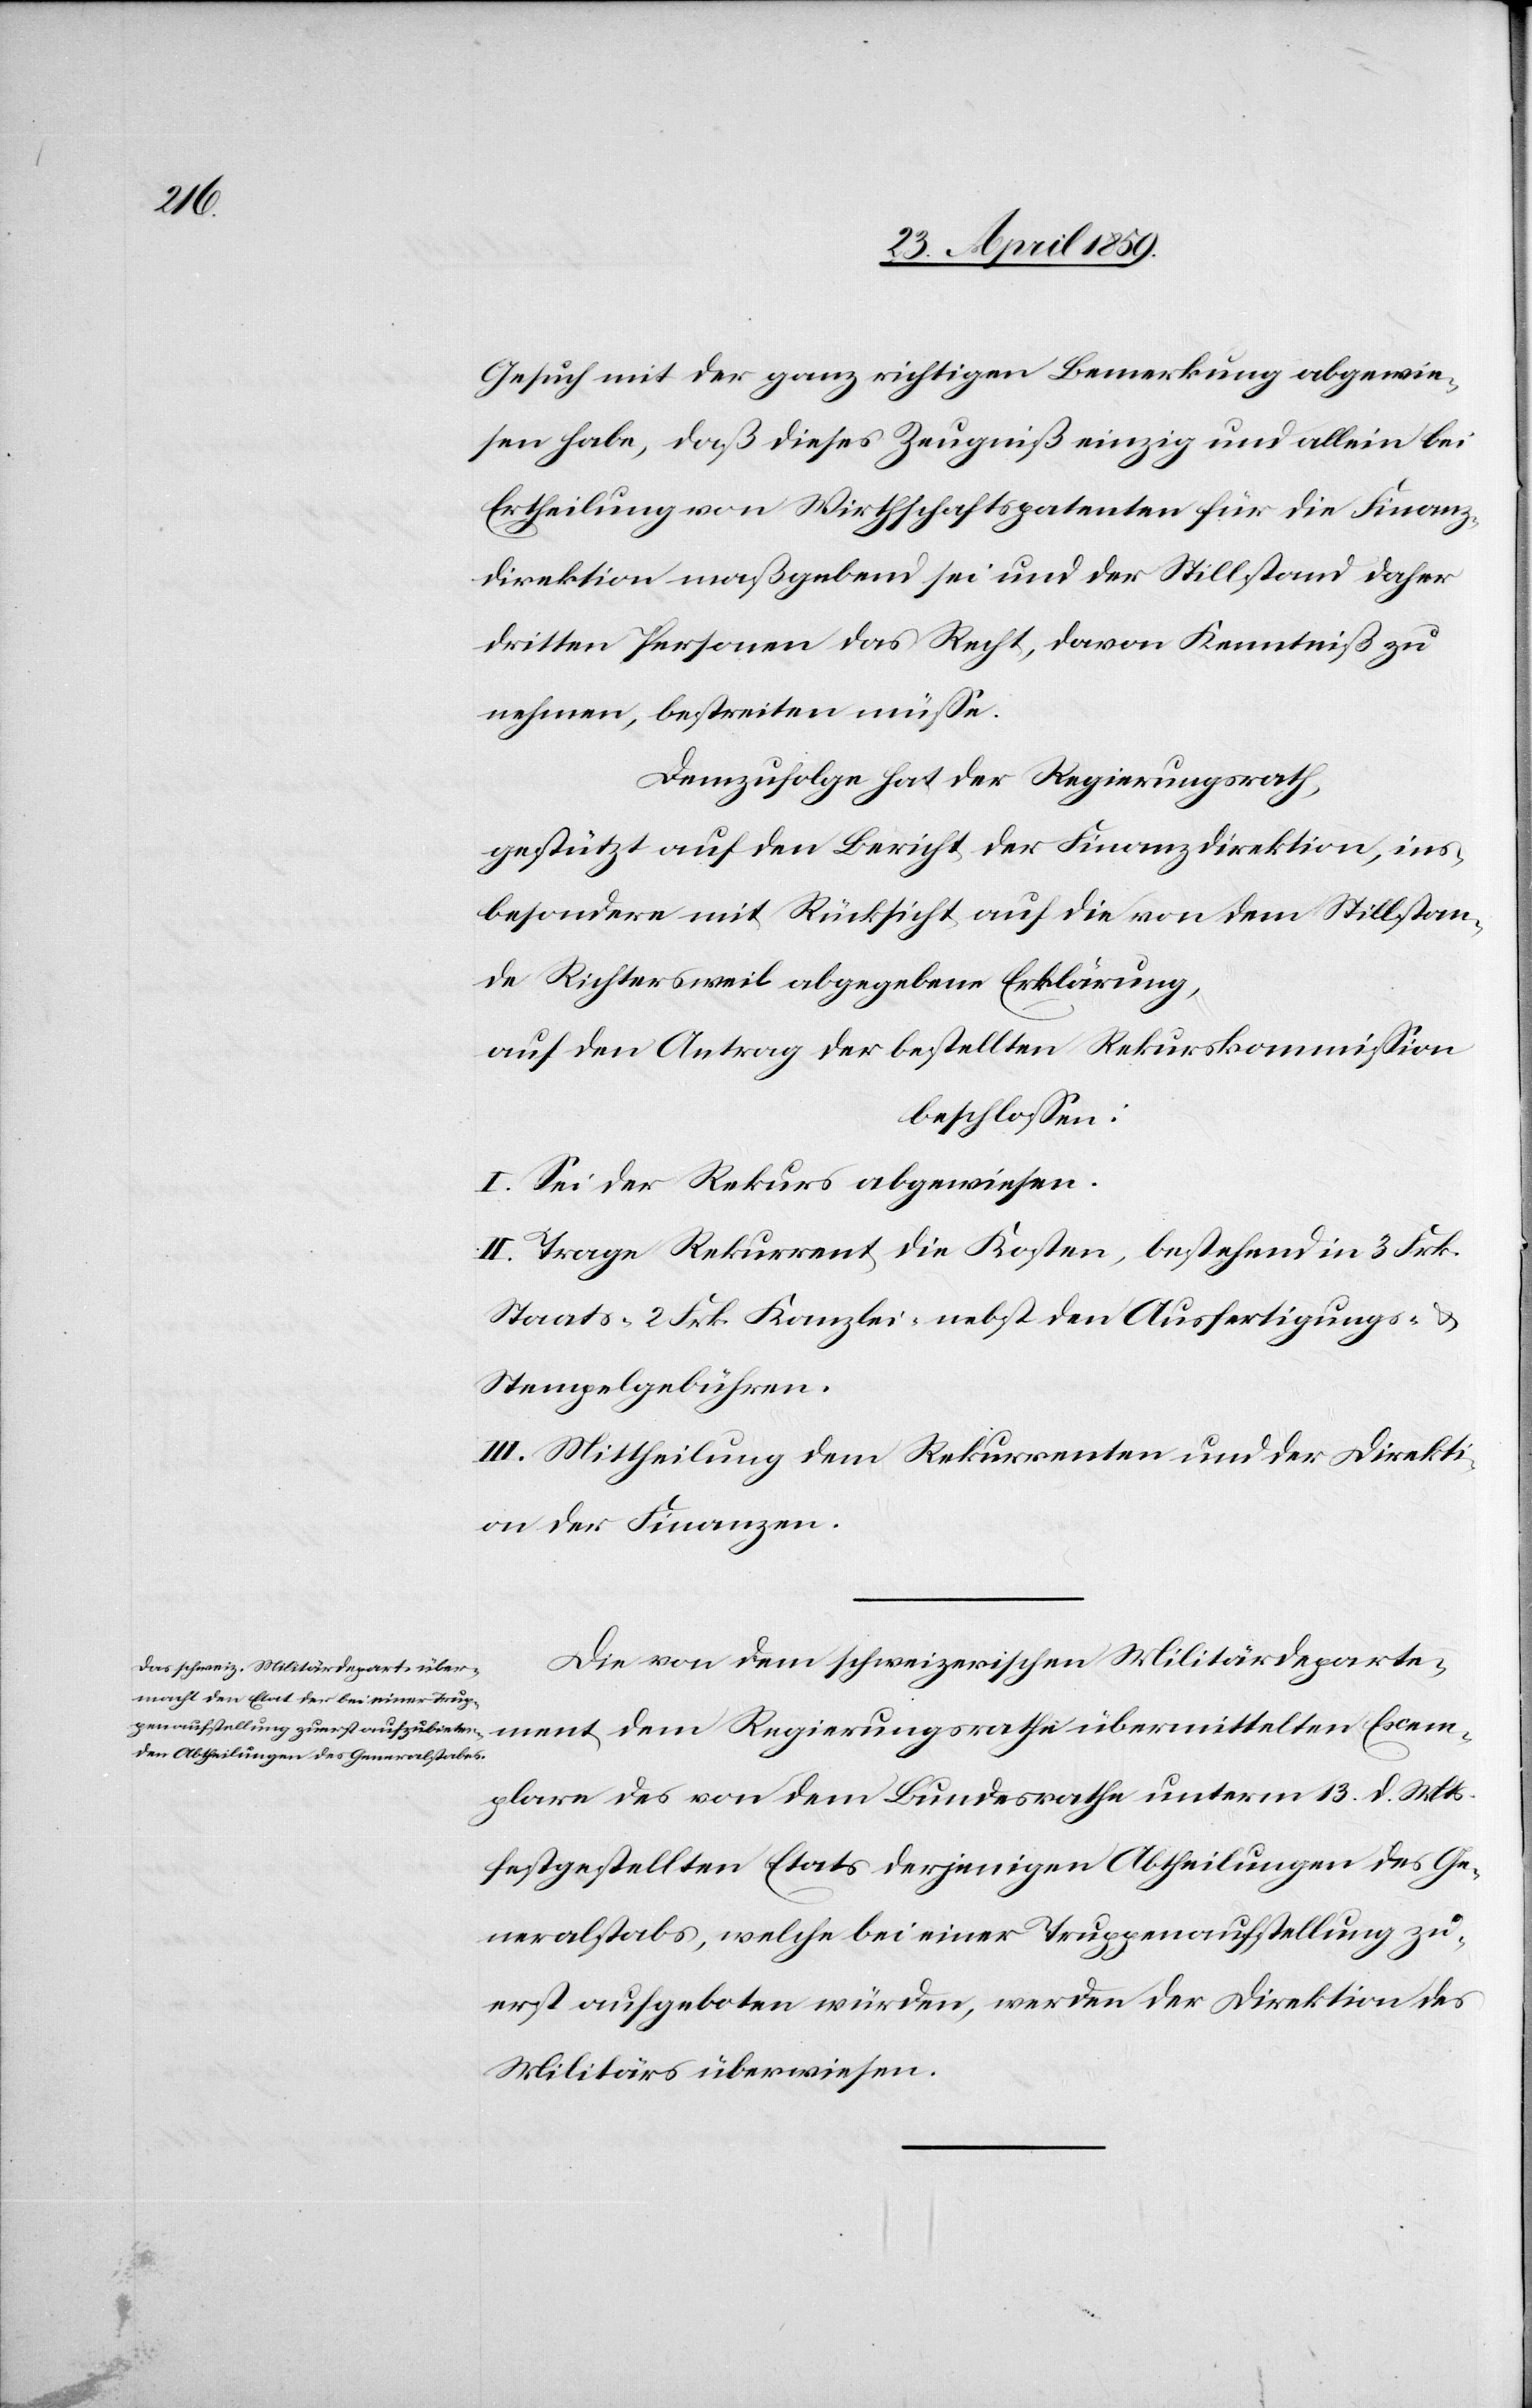
Exem¬

Gesuch mit der ganz richtigen Bemerkung abgewie¬
sen habe, daß dieses Zeugniß einzig und allein bei
Ertheilung von Wirthschaftspatenten für die Finanz¬
direktion maßgebend sei und der Stillstand daher
dritten Personen das Recht, davon Kenntniß zu
nehmen, bestreiten müße.
Demzufolge hat der Regierungsrath,
gestützt auf den Bericht der Finanzdirektion, ins¬
besondere mit Rücksicht auf die von dem Stillstan¬
de Richtersweil abgegebene Erklärung,
auf den Antrag der bestellten Rekurskommißion
beschloßen:
I. Sei der Rekurs abgewiesen.
II. Trage Rekurrent die Kosten, bestehend in 3 Frk.
Staats-[,] 2 Frk. Kanzlei- nebst den Ausfertigungs- &
Stempelgebühren.
III. Mittheilung dem Rekurrenten und der Direkti¬
on der Finanzen.
Die von dem schweizerischen Militärdeparte¬
plare des von dem Bundesrathe unterm 13. d. Mts.
festgestellten Etats derjenigen Abtheilungen des Ge¬
neralstabs, welche bei einer Truppenaufstellung zu¬
erst aufgeboten würden, werden der Direktion des
Militärs überwiesen.